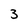
Character: 3